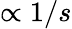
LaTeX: \propto 1/s